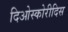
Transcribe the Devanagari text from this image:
दिओस्कोरीदिस